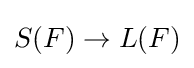
S(F)\to L(F)